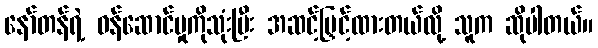
နော်တန်ရဲ့ ဝန်ဆောင်မှုကိုသုံးပြီး အဆင့်မြှင့်ထားတယ်လို့ သူက ဆိုပါတယ်။